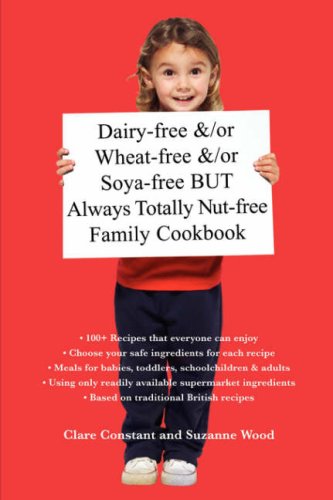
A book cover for Dairy-free &/or Wheat-free &/or Soya-free BUT Always Totally Nut-free Family Cookbook; Clare Constant; Health, Fitness & Dieting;